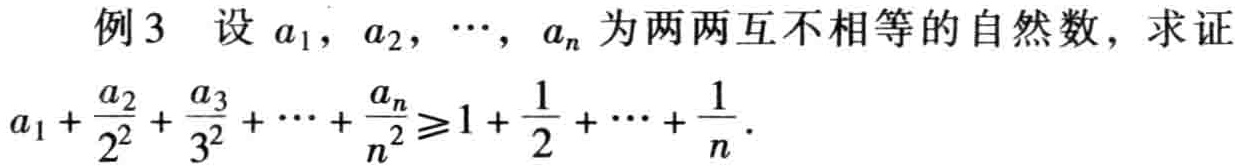
例3 设 \(a_{1},a_{2},\cdots,a_{n}\) 为两两互不相等的自然数，求证

\(a_{1}+\frac{a_{2}}{2^{2}}+\frac{a_{3}}{3^{2}}+\cdots+\frac{a_{n}}{n^{2}}\geqslant1+\frac{1}{2}+\cdots+\frac{1}{n}\) 。